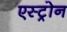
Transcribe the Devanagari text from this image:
एस्ट्रोन